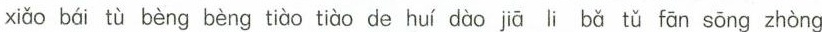
xiǎo bái tù bèng bèng tiào tiào de huí dào jiā li bǎ tǔ fān sōng zhòng